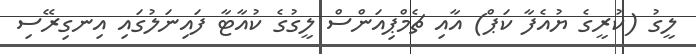
ލީގު (ކުރީގެ ޔުއެފާ ކަޕް) އާއި ޗެމްޕިއަންސް ލީގުގެ ކުއާޓާ ފައިނަލުގައި އިނގިރޭސި